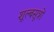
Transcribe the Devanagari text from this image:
शूल्बसूत्रों